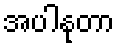
အပါနုတာ